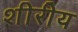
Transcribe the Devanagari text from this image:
शीरीय